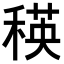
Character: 𥠚